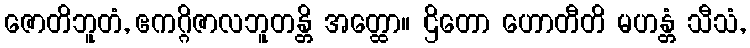
ဇောတိဘူတံ, ဧကဂ္ဂိဇာလဘူတန္တိ အတ္ထော။ ဌိတော ဟောတီတိ မဟန္တံ သီသံ,